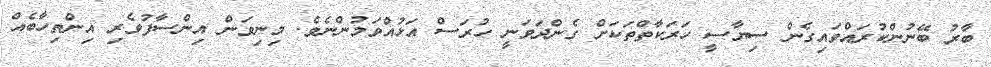
ބާރު ބޭނުންކުރައްވައިގެން ސިޔާސީ ހަރަކާތްތަކަށް ގެންދަވަނީ ހުރަސް އަޅުއްވަމުންނެވެ. މިނިވަން އިންސާފުވެރި އިންތިހާބެއް